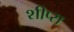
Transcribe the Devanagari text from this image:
शीप्स